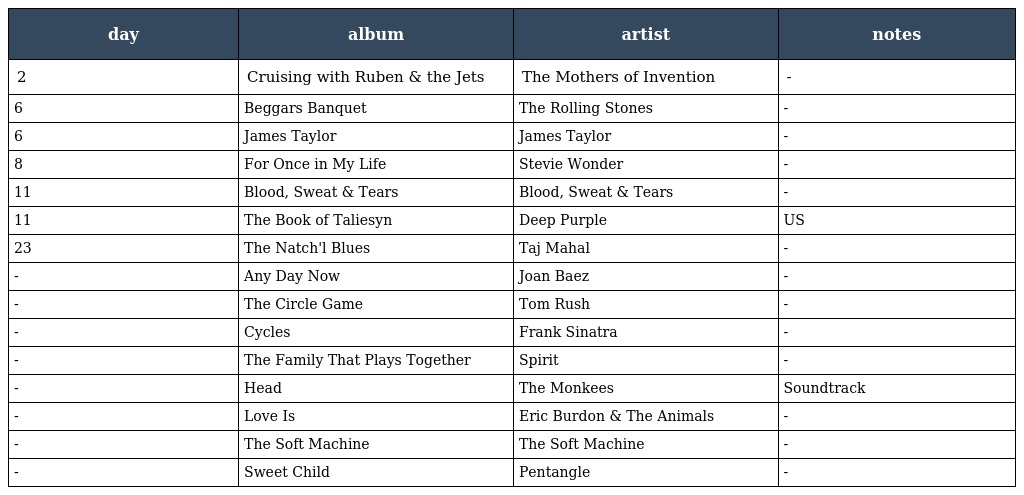
| day | album | artist | notes |
 | --- | --- | --- | --- |
 | 2 | Cruising with Ruben & the Jets | The Mothers of Invention | - |
 | 6 | Beggars Banquet | The Rolling Stones | - |
 | 6 | James Taylor | James Taylor | - |
 | 8 | For Once in My Life | Stevie Wonder | - |
 | 11 | Blood, Sweat & Tears | Blood, Sweat & Tears | - |
 | 11 | The Book of Taliesyn | Deep Purple | US |
 | 23 | The Natch'l Blues | Taj Mahal | - |
 | - | Any Day Now | Joan Baez | - |
 | - | The Circle Game | Tom Rush | - |
 | - | Cycles | Frank Sinatra | - |
 | - | The Family That Plays Together | Spirit | - |
 | - | Head | The Monkees | Soundtrack |
 | - | Love Is | Eric Burdon & The Animals | - |
 | - | The Soft Machine | The Soft Machine | - |
 | - | Sweet Child | Pentangle | - |